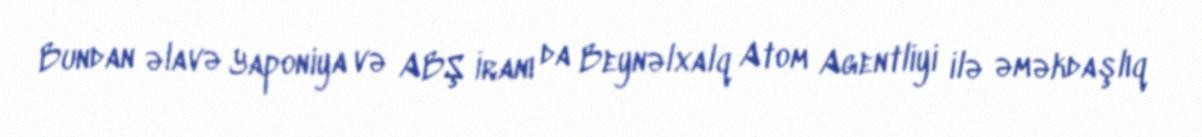
Bundan əlavə Yaponiya və ABŞ İranı da Beynəlxalq Atom Agentliyi ilə əməkdaşlıq